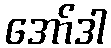
အော်ဒါ